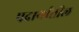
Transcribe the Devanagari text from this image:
पदार्थांतील